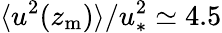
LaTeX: \langle u^{2}(z_{\mathrm{m}})\rangle/u_{\ast}^{2}\simeq 4.5